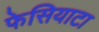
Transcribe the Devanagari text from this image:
फेसियाटा